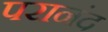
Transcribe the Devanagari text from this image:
परानंद